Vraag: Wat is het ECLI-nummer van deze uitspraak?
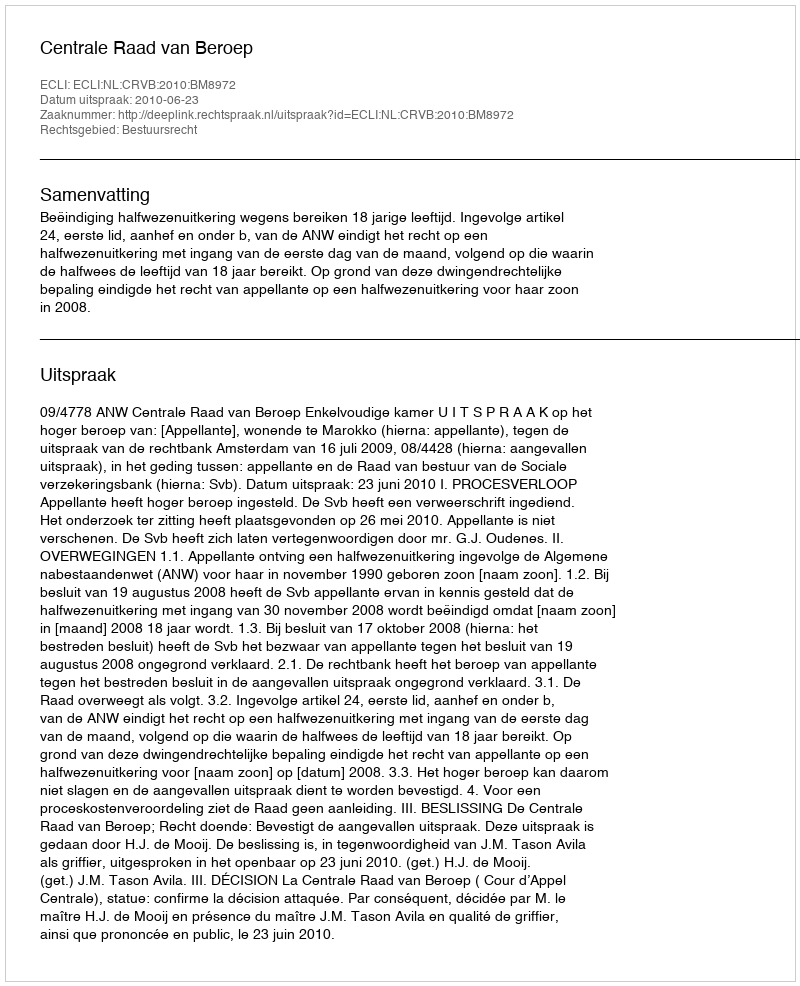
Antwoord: ECLI:NL:CRVB:2010:BM8972